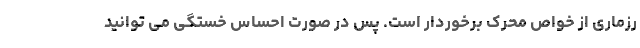
رزماری از خواص محرک برخوردار است. پس در صورت احساس خستگی می توانید